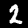
Digit: 2